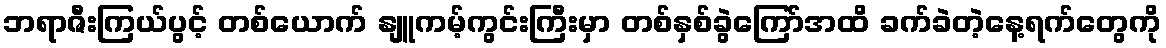
ဘရာဇီးကြယ်ပွင့် တစ်ယောက် နျူကမ့်ကွင်းကြီးမှာ တစ်နှစ်ခွဲကြော်အထိ ခက်ခဲတဲ့နေ့ရက်တွေကို